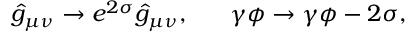
\hat { g } _ { \mu \nu } \to e ^ { 2 \sigma } \hat { g } _ { \mu \nu } , \ \ \ \ \ \gamma \phi \to \gamma \phi - 2 \sigma ,